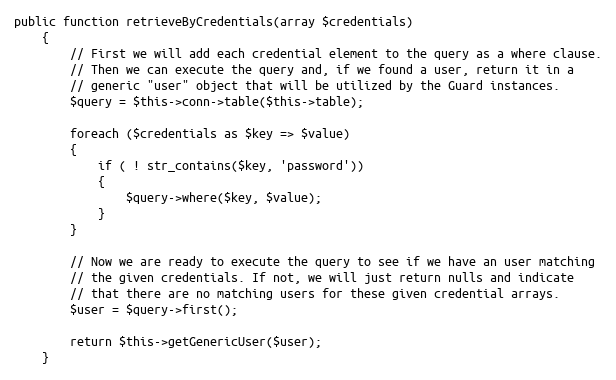
Language: PHP
public function retrieveByCredentials(array $credentials)
	{
		// First we will add each credential element to the query as a where clause.
		// Then we can execute the query and, if we found a user, return it in a
		// generic "user" object that will be utilized by the Guard instances.
		$query = $this->conn->table($this->table);

		foreach ($credentials as $key => $value)
		{
			if ( ! str_contains($key, 'password'))
			{
				$query->where($key, $value);
			}
		}

		// Now we are ready to execute the query to see if we have an user matching
		// the given credentials. If not, we will just return nulls and indicate
		// that there are no matching users for these given credential arrays.
		$user = $query->first();

		return $this->getGenericUser($user);
	}